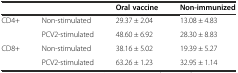
<table><thead><tr><td></td><td></td><td><b>Oral vaccine</b></td><td><b>Non-immunized</b></td></tr></thead><tbody><tr><td rowspan="2">CD4+</td><td>Non-stimulated</td><td>29.37 ± 2.04</td><td>13.08 ± 4.83</td></tr><tr><td>PCV2-stimulated</td><td>48.60 ± 6.92</td><td>28.30 ± 8.83</td></tr><tr><td rowspan="2">CD8+</td><td>Non-stimulated</td><td>38.16 ± 5.02</td><td>19.39 ± 5.27</td></tr><tr><td>PCV2-stimulated</td><td>63.26 ± 1.23</td><td>32.95 ± 1.14</td></tr></tbody></table>